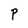
Character: P